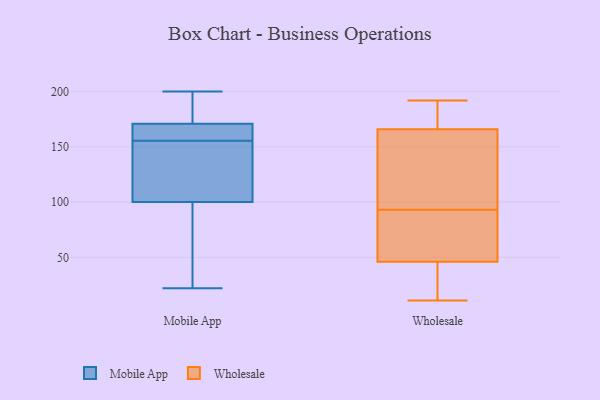
{"axis": {"x": "Budget (USD K)", "y": "Value"}, "legend": ["Mobile App", "Wholesale"], "data": [{"x": "", "y": 170, "type": "Mobile App"}, {"x": "", "y": 129, "type": "Mobile App"}, {"x": "", "y": 34, "type": "Mobile App"}, {"x": "", "y": 123, "type": "Mobile App"}, {"x": "", "y": 200, "type": "Mobile App"}, {"x": "", "y": 171, "type": "Mobile App"}, {"x": "", "y": 100, "type": "Mobile App"}, {"x": "", "y": 100, "type": "Mobile App"}, {"x": "", "y": 171, "type": "Mobile App"}, {"x": "", "y": 23, "type": "Mobile App"}, {"x": "", "y": 163, "type": "Mobile App"}, {"x": "", "y": 148, "type": "Mobile App"}, {"x": "", "y": 184, "type": "Mobile App"}, {"x": "", "y": 167, "type": "Mobile App"}, {"x": "", "y": 22, "type": "Mobile App"}, {"x": "", "y": 187, "type": "Mobile App"}, {"x": "", "y": 54, "type": "Wholesale"}, {"x": "", "y": 119, "type": "Wholesale"}, {"x": "", "y": 166, "type": "Wholesale"}, {"x": "", "y": 46, "type": "Wholesale"}, {"x": "", "y": 67, "type": "Wholesale"}, {"x": "", "y": 11, "type": "Wholesale"}, {"x": "", "y": 192, "type": "Wholesale"}, {"x": "", "y": 191, "type": "Wholesale"}, {"x": "", "y": 144, "type": "Wholesale"}, {"x": "", "y": 22, "type": "Wholesale"}]}